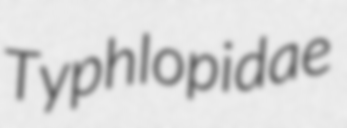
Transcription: Typhlopidae